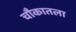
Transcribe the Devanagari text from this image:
चौकातला